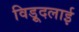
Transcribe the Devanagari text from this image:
विड़ूदलाई